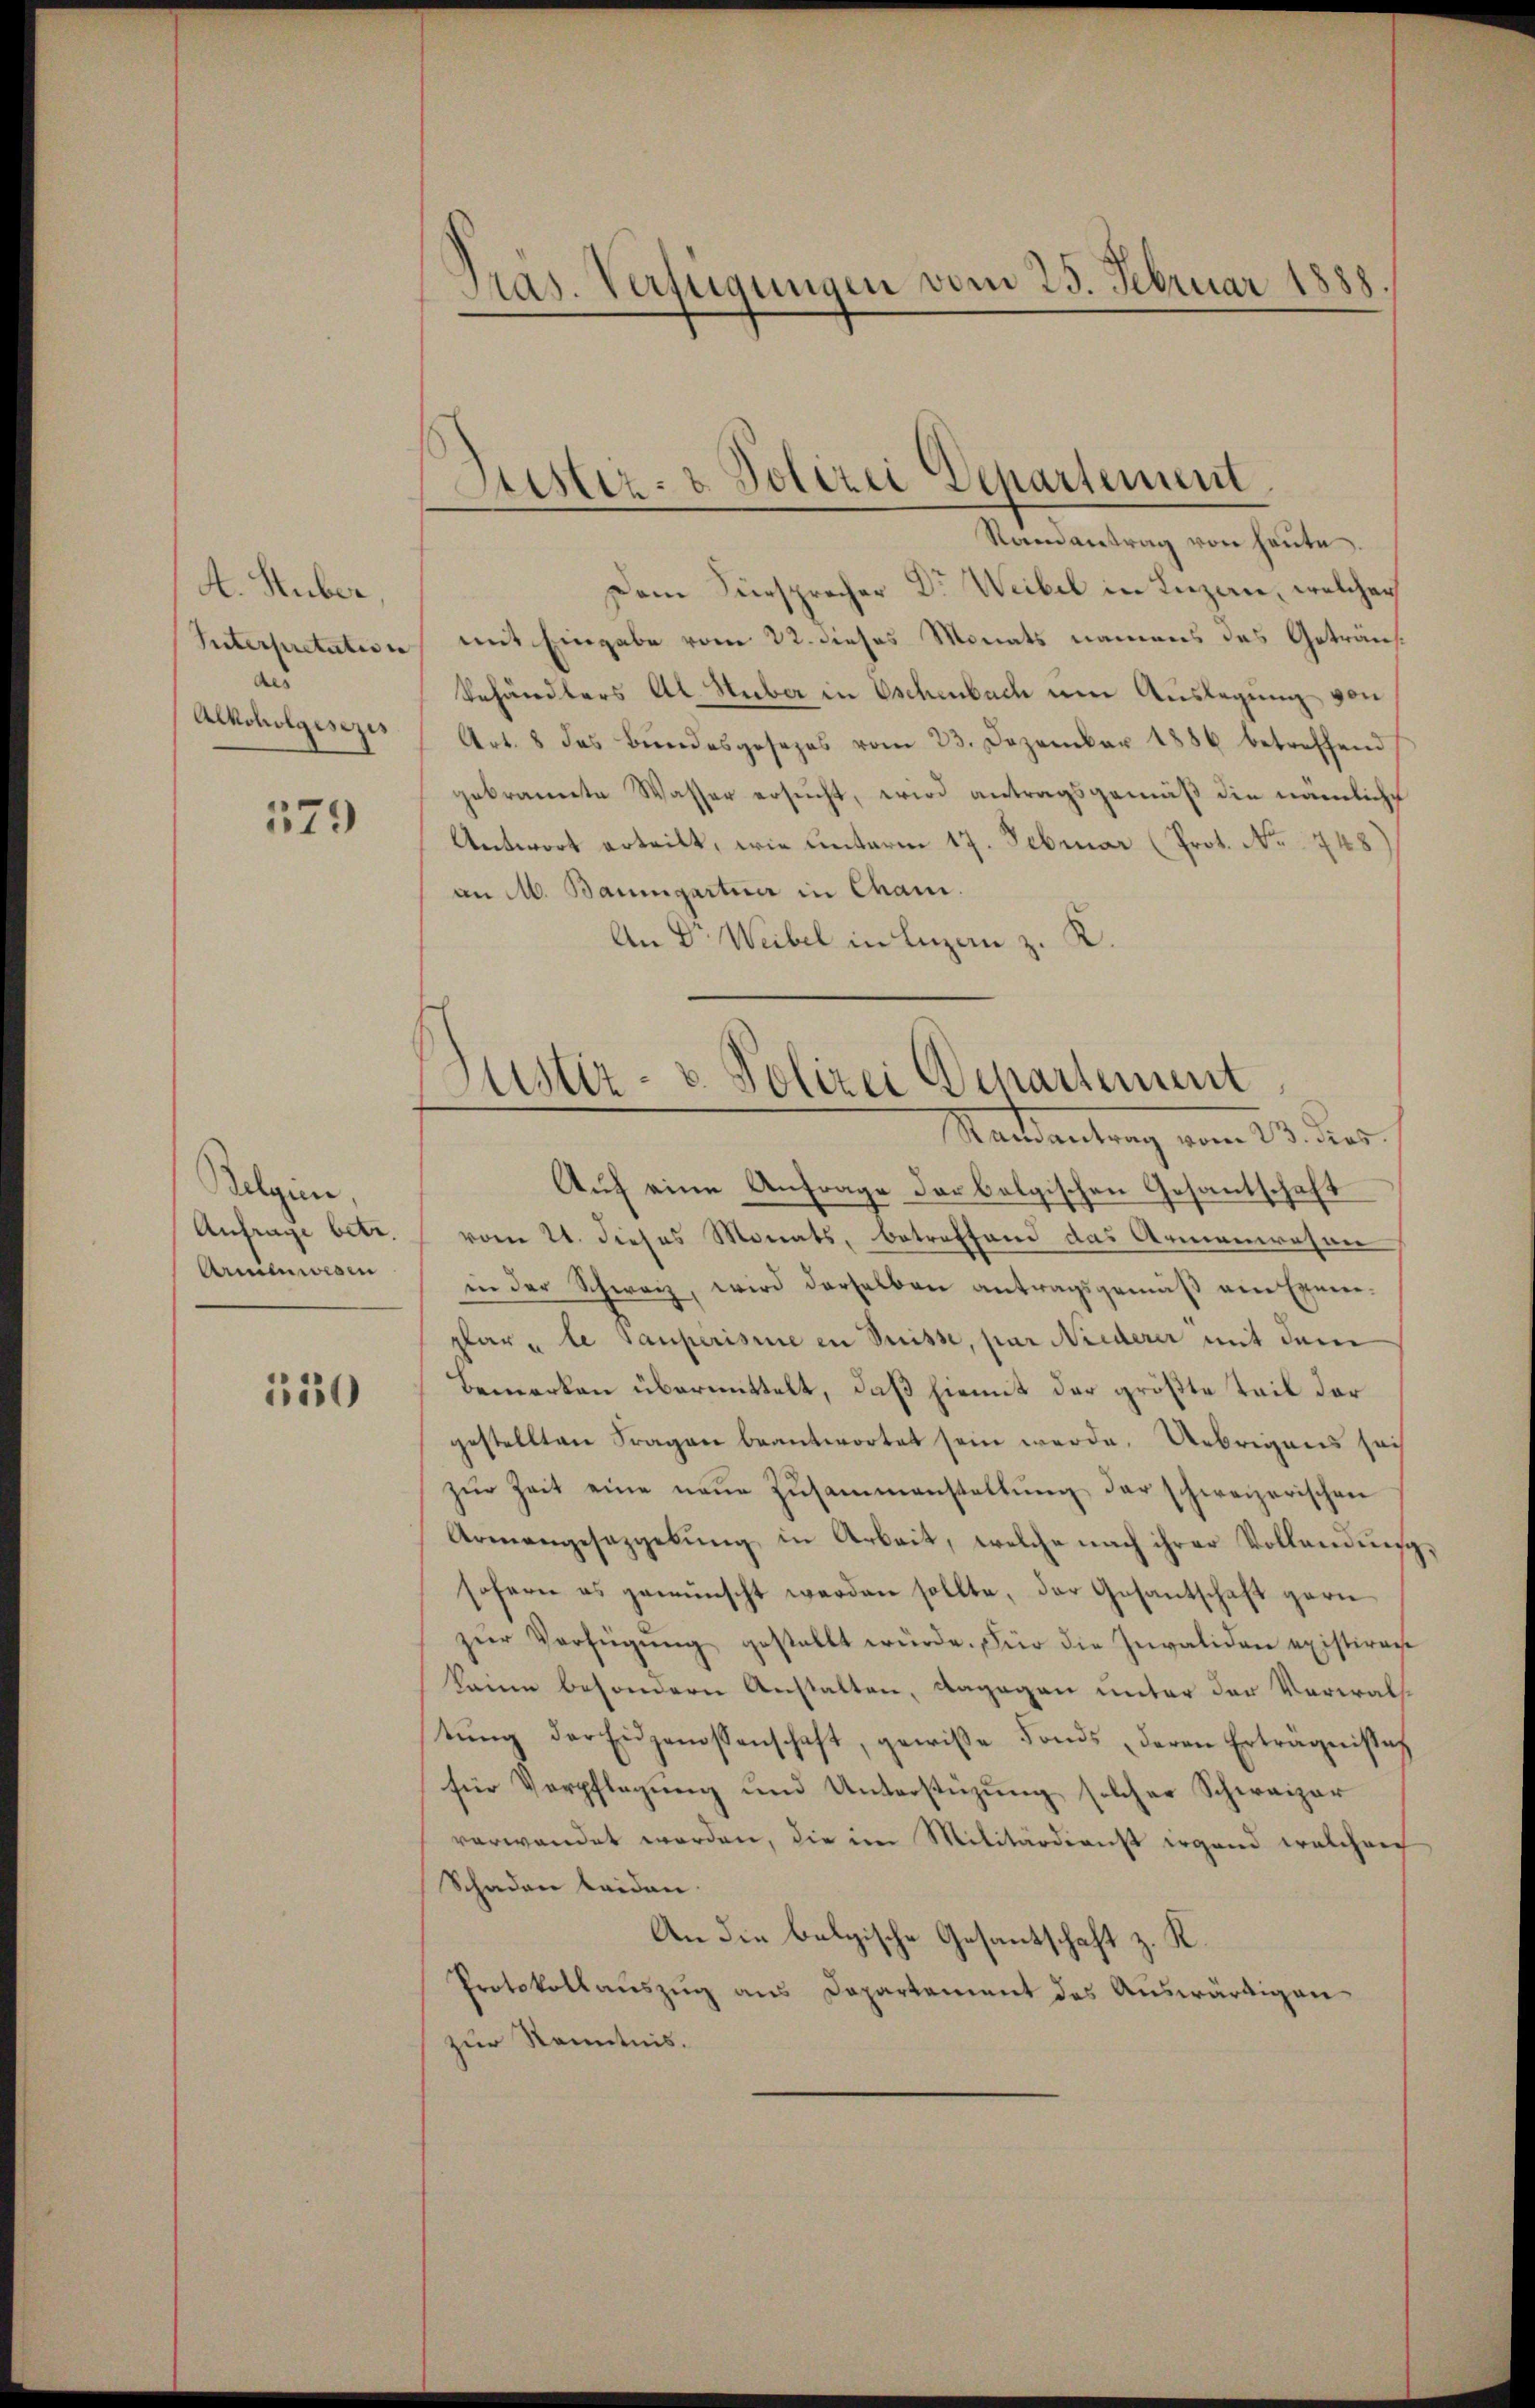
A. Stuber
Interpretation
aus
Alkoholgesezes

379

Belgien.
Anfrage betr.
Armenwesen

150

.
Pas. Verfügungen vom 25. Februar 1888.

Stister- & Polizei Departement

Randantrag von heute.
Dem Fürsprecher Dr. Weibel in Luzern, welcher
mit Eingabe vom 22. dieses Monats namens des Geträus¬
Behändlers Al. Stuber in Eschenbach um Auslegung von
Art. 8 das Bŭndesgesezes vom 23. Dezember 1886 betreffend
gebrannte Wasser ersucht, wird antragsgemäß die nämliche
Antwort erteilt, wie unterm 17. Februar (Prot. No 748.
an M. Baumgartner in Chani.
An Dr Weibel in Luzern z. K.
Auf eine Anfrage der belgischen Gesantschaft
vom 21. dieses Monats, betreffend das Armenwesen
in der Schweiz, wird derselben antragsgemäß am Exemplar le Tauperisie in Suisse, par Niederer mit dem
Bemerken übermittelt, daß hiemit der größte Teil der
gestellten Fragen beantwortet sein werde. Uebrigens sai
zŭr Zeit eine neŭe Zŭsammenstellŭng der schweizerischen
Armangesazgebŭng in Arbeit, welche nach ihrer Vollendung
sofern es gewünscht werden sollte, der Gesantschaft garn
zeer Verfügŭng gestellt wŭrde. Für die Invaliden existiren
keine besondern Anstalten, dagegen unter der Verwal
tŭng der Eidgenossenschaft, gewisse Fonds deren Erträgnisses
für Verpflegung und Unterstüzung solcher Schweizer
verwandet worden, die im Militärdienst irgend welchen
Schaden leiden.
An die belgische Gesantschaft z. K.
Protokollauszug aus Dapartement des Auswärtigen
zur Kenntnis.

Justiz- & Polizei Departement
Stattantung vom 13. des